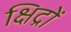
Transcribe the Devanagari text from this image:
क्षिद्रों